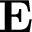
\mathbf { E }